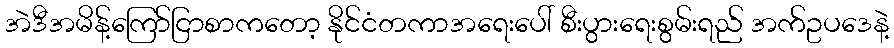
အဲဒီအမိန့်ကြော်ငြာစာကတော့ နိုင်ငံတကာအရေးပေါ် စီးပွားရေးစွမ်းရည် အက်ဥပဒေနဲ့